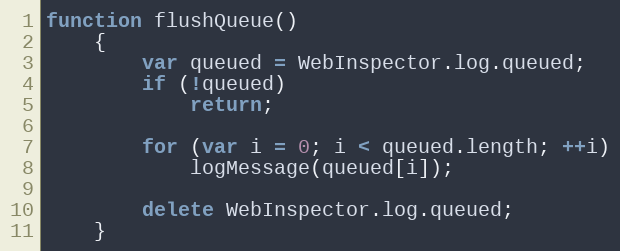
Language: JavaScript
function flushQueue()
    {
        var queued = WebInspector.log.queued;
        if (!queued)
            return;

        for (var i = 0; i < queued.length; ++i)
            logMessage(queued[i]);

        delete WebInspector.log.queued;
    }